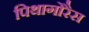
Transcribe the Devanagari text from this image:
पिथागोरैस